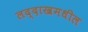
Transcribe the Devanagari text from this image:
लद्दाखमधील